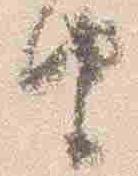
由